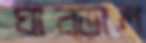
ঘাব্‌ড়াল